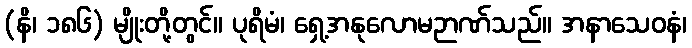
(နိ၊ ၁၈၆) မျိုးတို့တွင်။ ပုရိမံ၊ ရှေ့အနုလောမဉာဏ်သည်။ အနာသေဝနံ၊